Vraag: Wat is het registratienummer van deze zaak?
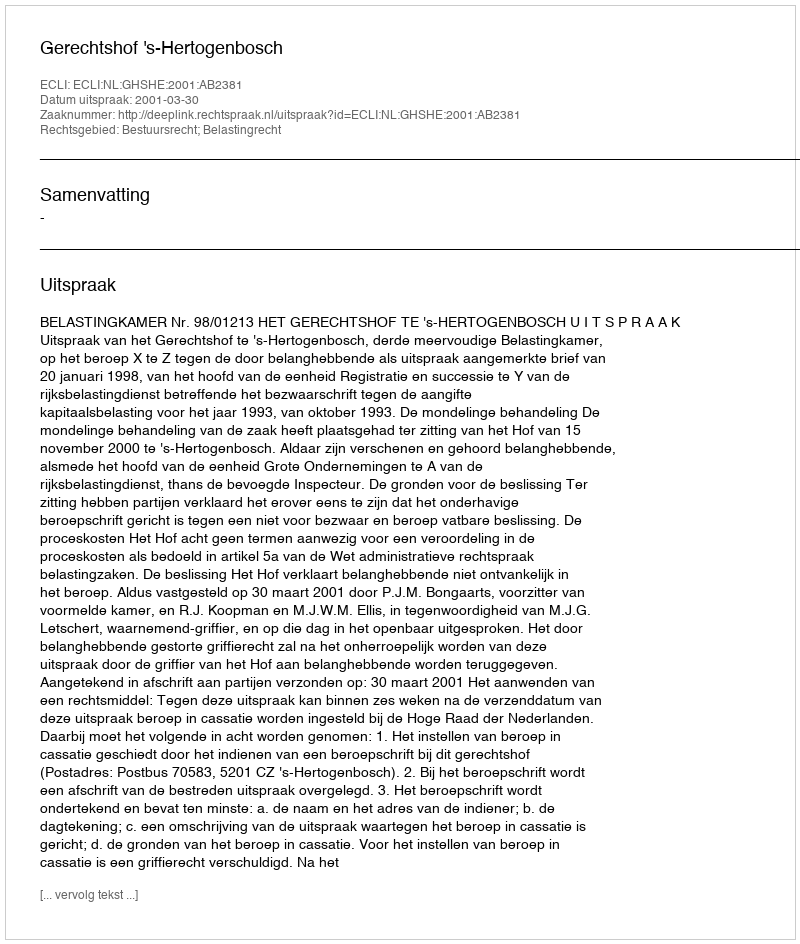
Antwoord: http://deeplink.rechtspraak.nl/uitspraak?id=ECLI:NL:GHSHE:2001:AB2381